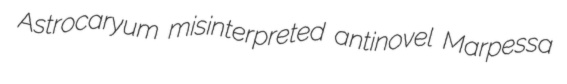
Astrocaryum misinterpreted antinovel Marpessa